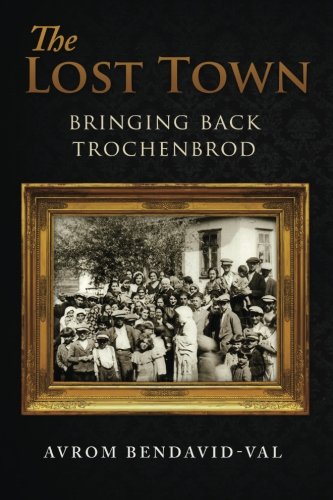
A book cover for The Lost Town: Bringing Back Trochenbrod; Avrom Bendavid-Val; Teen & Young Adult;